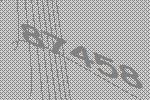
87458